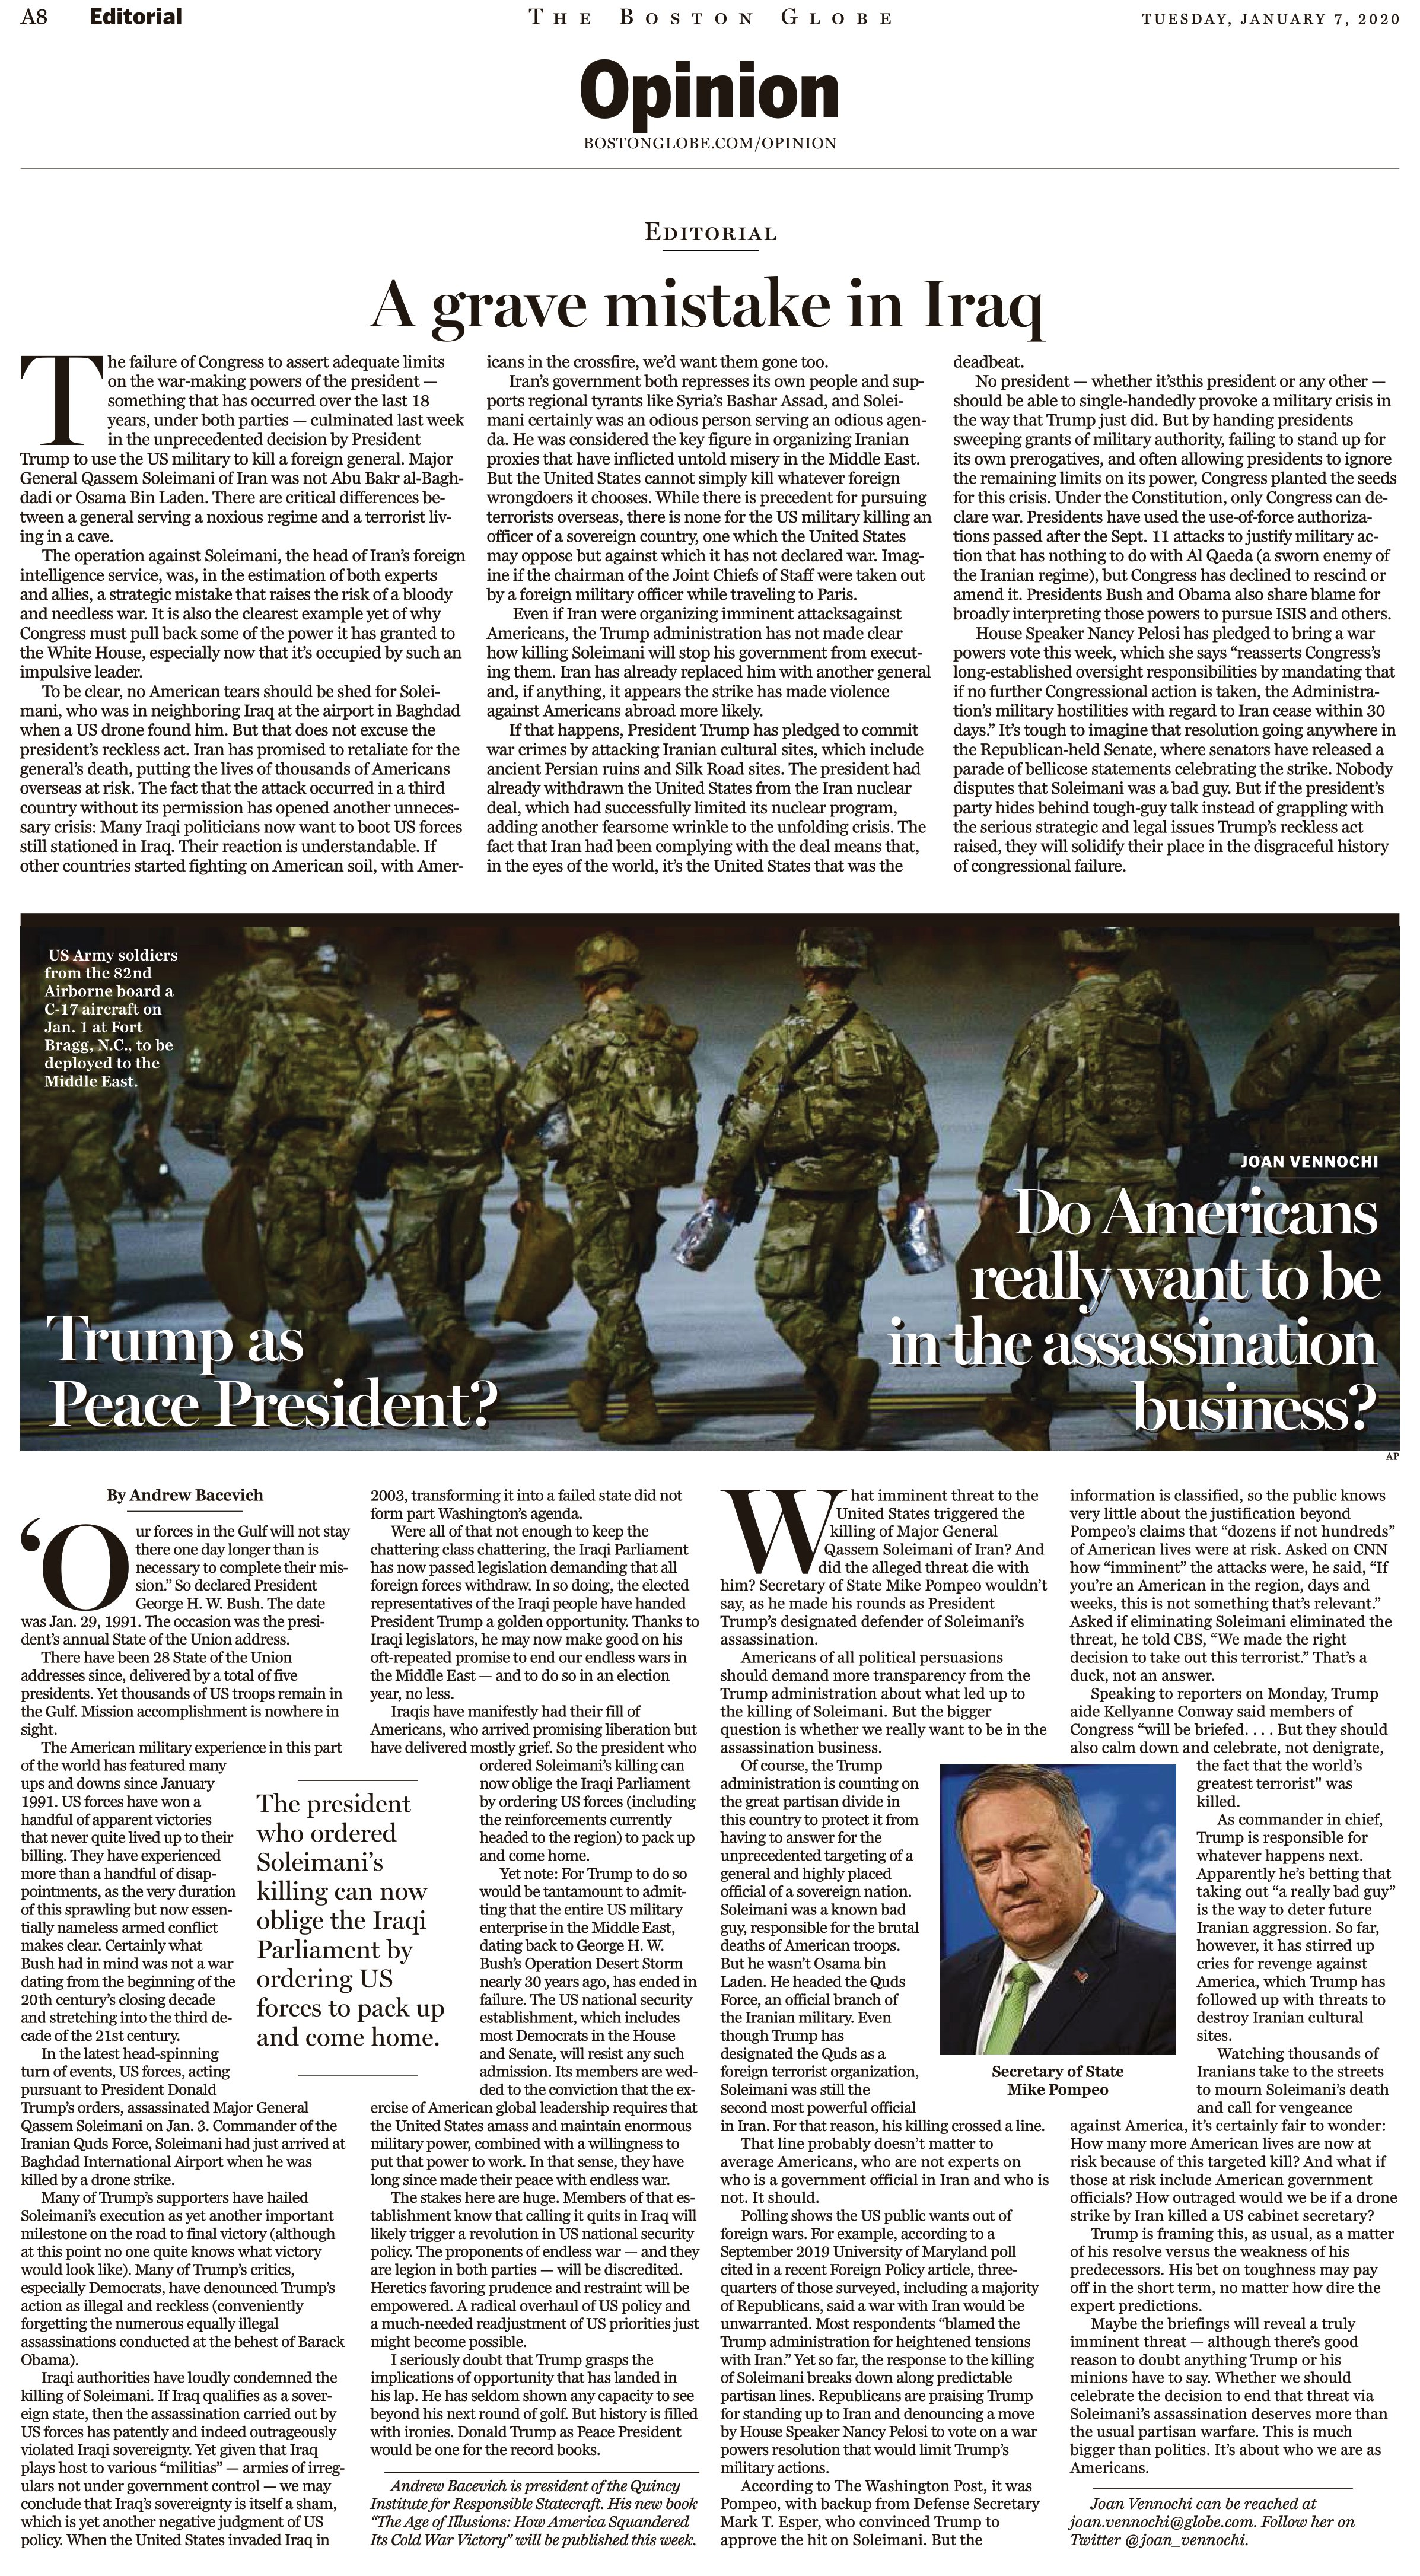
Language: en